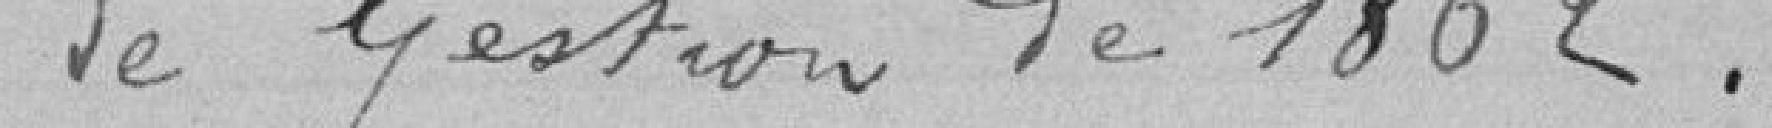
de Gestion de 1862 .